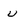
Character: u